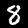
Digit: 8